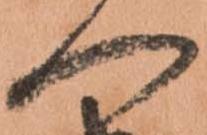
へ